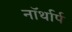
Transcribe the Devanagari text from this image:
नॉर्थार्प